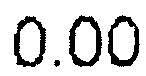
0.00